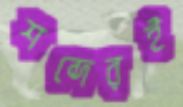
শব্দেরই